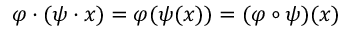
\varphi \cdot ( \psi \cdot x ) = \varphi ( \psi ( x ) ) = ( \varphi \circ \psi ) ( x )